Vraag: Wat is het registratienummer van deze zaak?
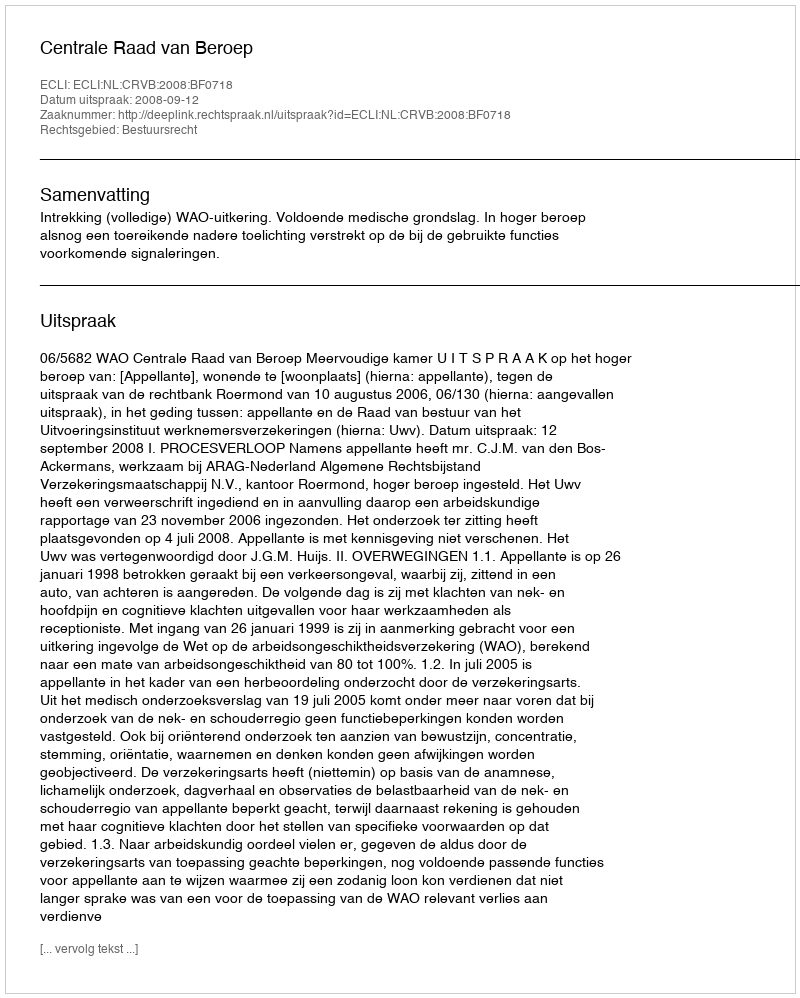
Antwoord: http://deeplink.rechtspraak.nl/uitspraak?id=ECLI:NL:CRVB:2008:BF0718